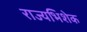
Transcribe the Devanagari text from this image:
राज्यभिशेक